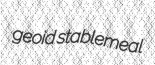
geoid stablemeal